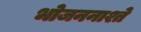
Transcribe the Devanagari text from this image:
भोजननाश्ते